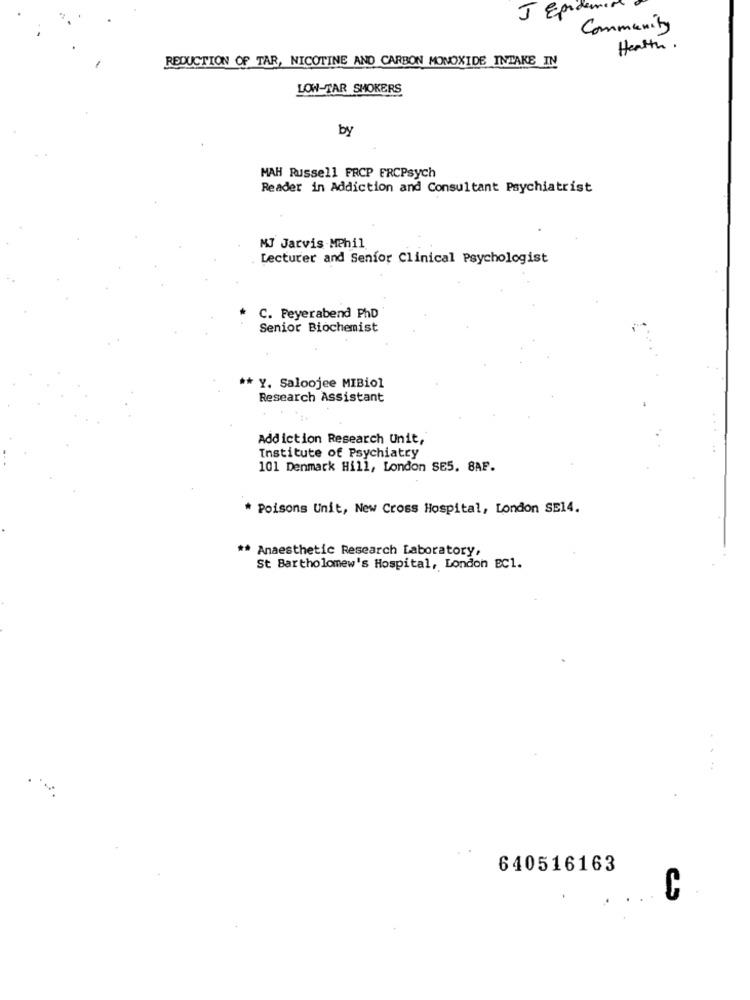
J End
Community
Health .
REDUCTION OF TAR, NICOTINE AND CARBON MONOXIDE INTAKE IN
LOW-TAR SMOKERS
by
MAH Russell FRCP FRCPsych
Reader in Addiction and Consultant Psychiatrist
MJ Jarvis -MPhil
Lecturer and Senior Clinical Psychologist
C. Feyerabend PhD
Senior Biochemist
** Y. Saloojee MIBiol
Research Assistant
Addiction Research Unit,
Institute of Psychiatry
101 Denmark Hill, London SE5. 8AF.
* Poisons Unit, New Cross Hospital, London SE14.
** Anaesthetic Research Laboratory,
St Bartholomew's Hospital, London EC1.
640516163
C